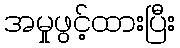
အမှုဖွင့်ထားပြီး